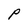
Character: P